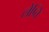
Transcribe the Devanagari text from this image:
लेप्ति